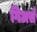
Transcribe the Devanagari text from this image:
गिअर्स